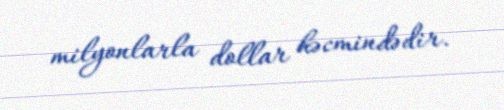
milyonlarla dollar həcmindədir.